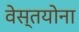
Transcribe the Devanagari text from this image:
वेस्तयोना